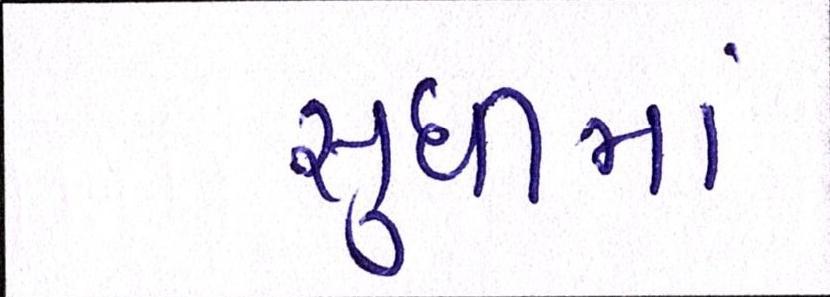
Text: સુધીમાં